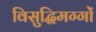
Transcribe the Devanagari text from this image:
विसुद्धिमग्गों